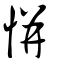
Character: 恲